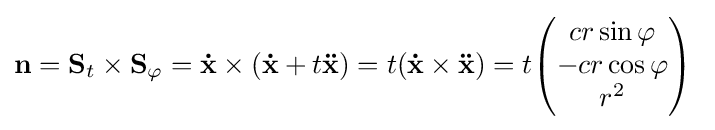
\mathbf {n} =\mathbf {S} _{t}\times \mathbf {S} _{\varphi }=\mathbf {\dot {x}} \times (\mathbf {\dot {x}} +t\mathbf {\ddot {x}} )=t(\mathbf {\dot {x}} \times \mathbf {\ddot {x}} )=t{\begin{pmatrix}cr\sin \varphi \\-cr\cos \varphi \\r^{2}\end{pmatrix}}\